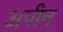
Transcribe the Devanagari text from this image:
अपीन